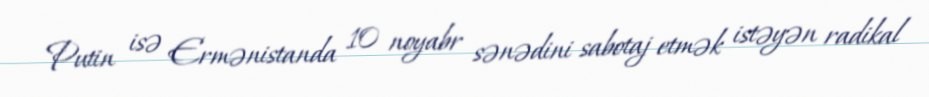
Putin isə Ermənistanda 10 noyabr sənədini sabotaj etmək istəyən radikal